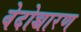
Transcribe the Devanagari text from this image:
वेदोच्चारण